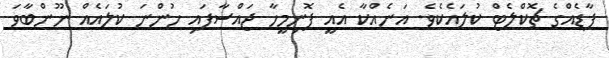
ފާޑެއްގެ ޗޮކްލެޓް ކުލައެކެވެ. އަނެއްކާ އެއީ ފޮނިމީހާ ޖައްސާފައި ހުންނަ ކުލައެއް ނޫންބާވަ